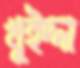
খুইদ্দা